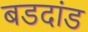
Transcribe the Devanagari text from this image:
बडदांड